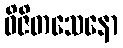
ဝိဇိတသေနော